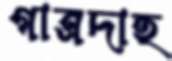
গাত্রদাহ